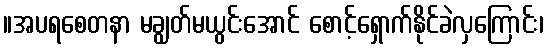
။အပရစေတနာ မချွတ်မယွင်းအောင် စောင့်ရှောက်နိုင်ခဲလှကြောင်း၊